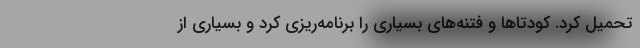
تحمیل کرد. کودتاها و فتنه‌های بسیاری را برنامه‌ریزی کرد و بسیاری از